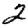
Digit: 2